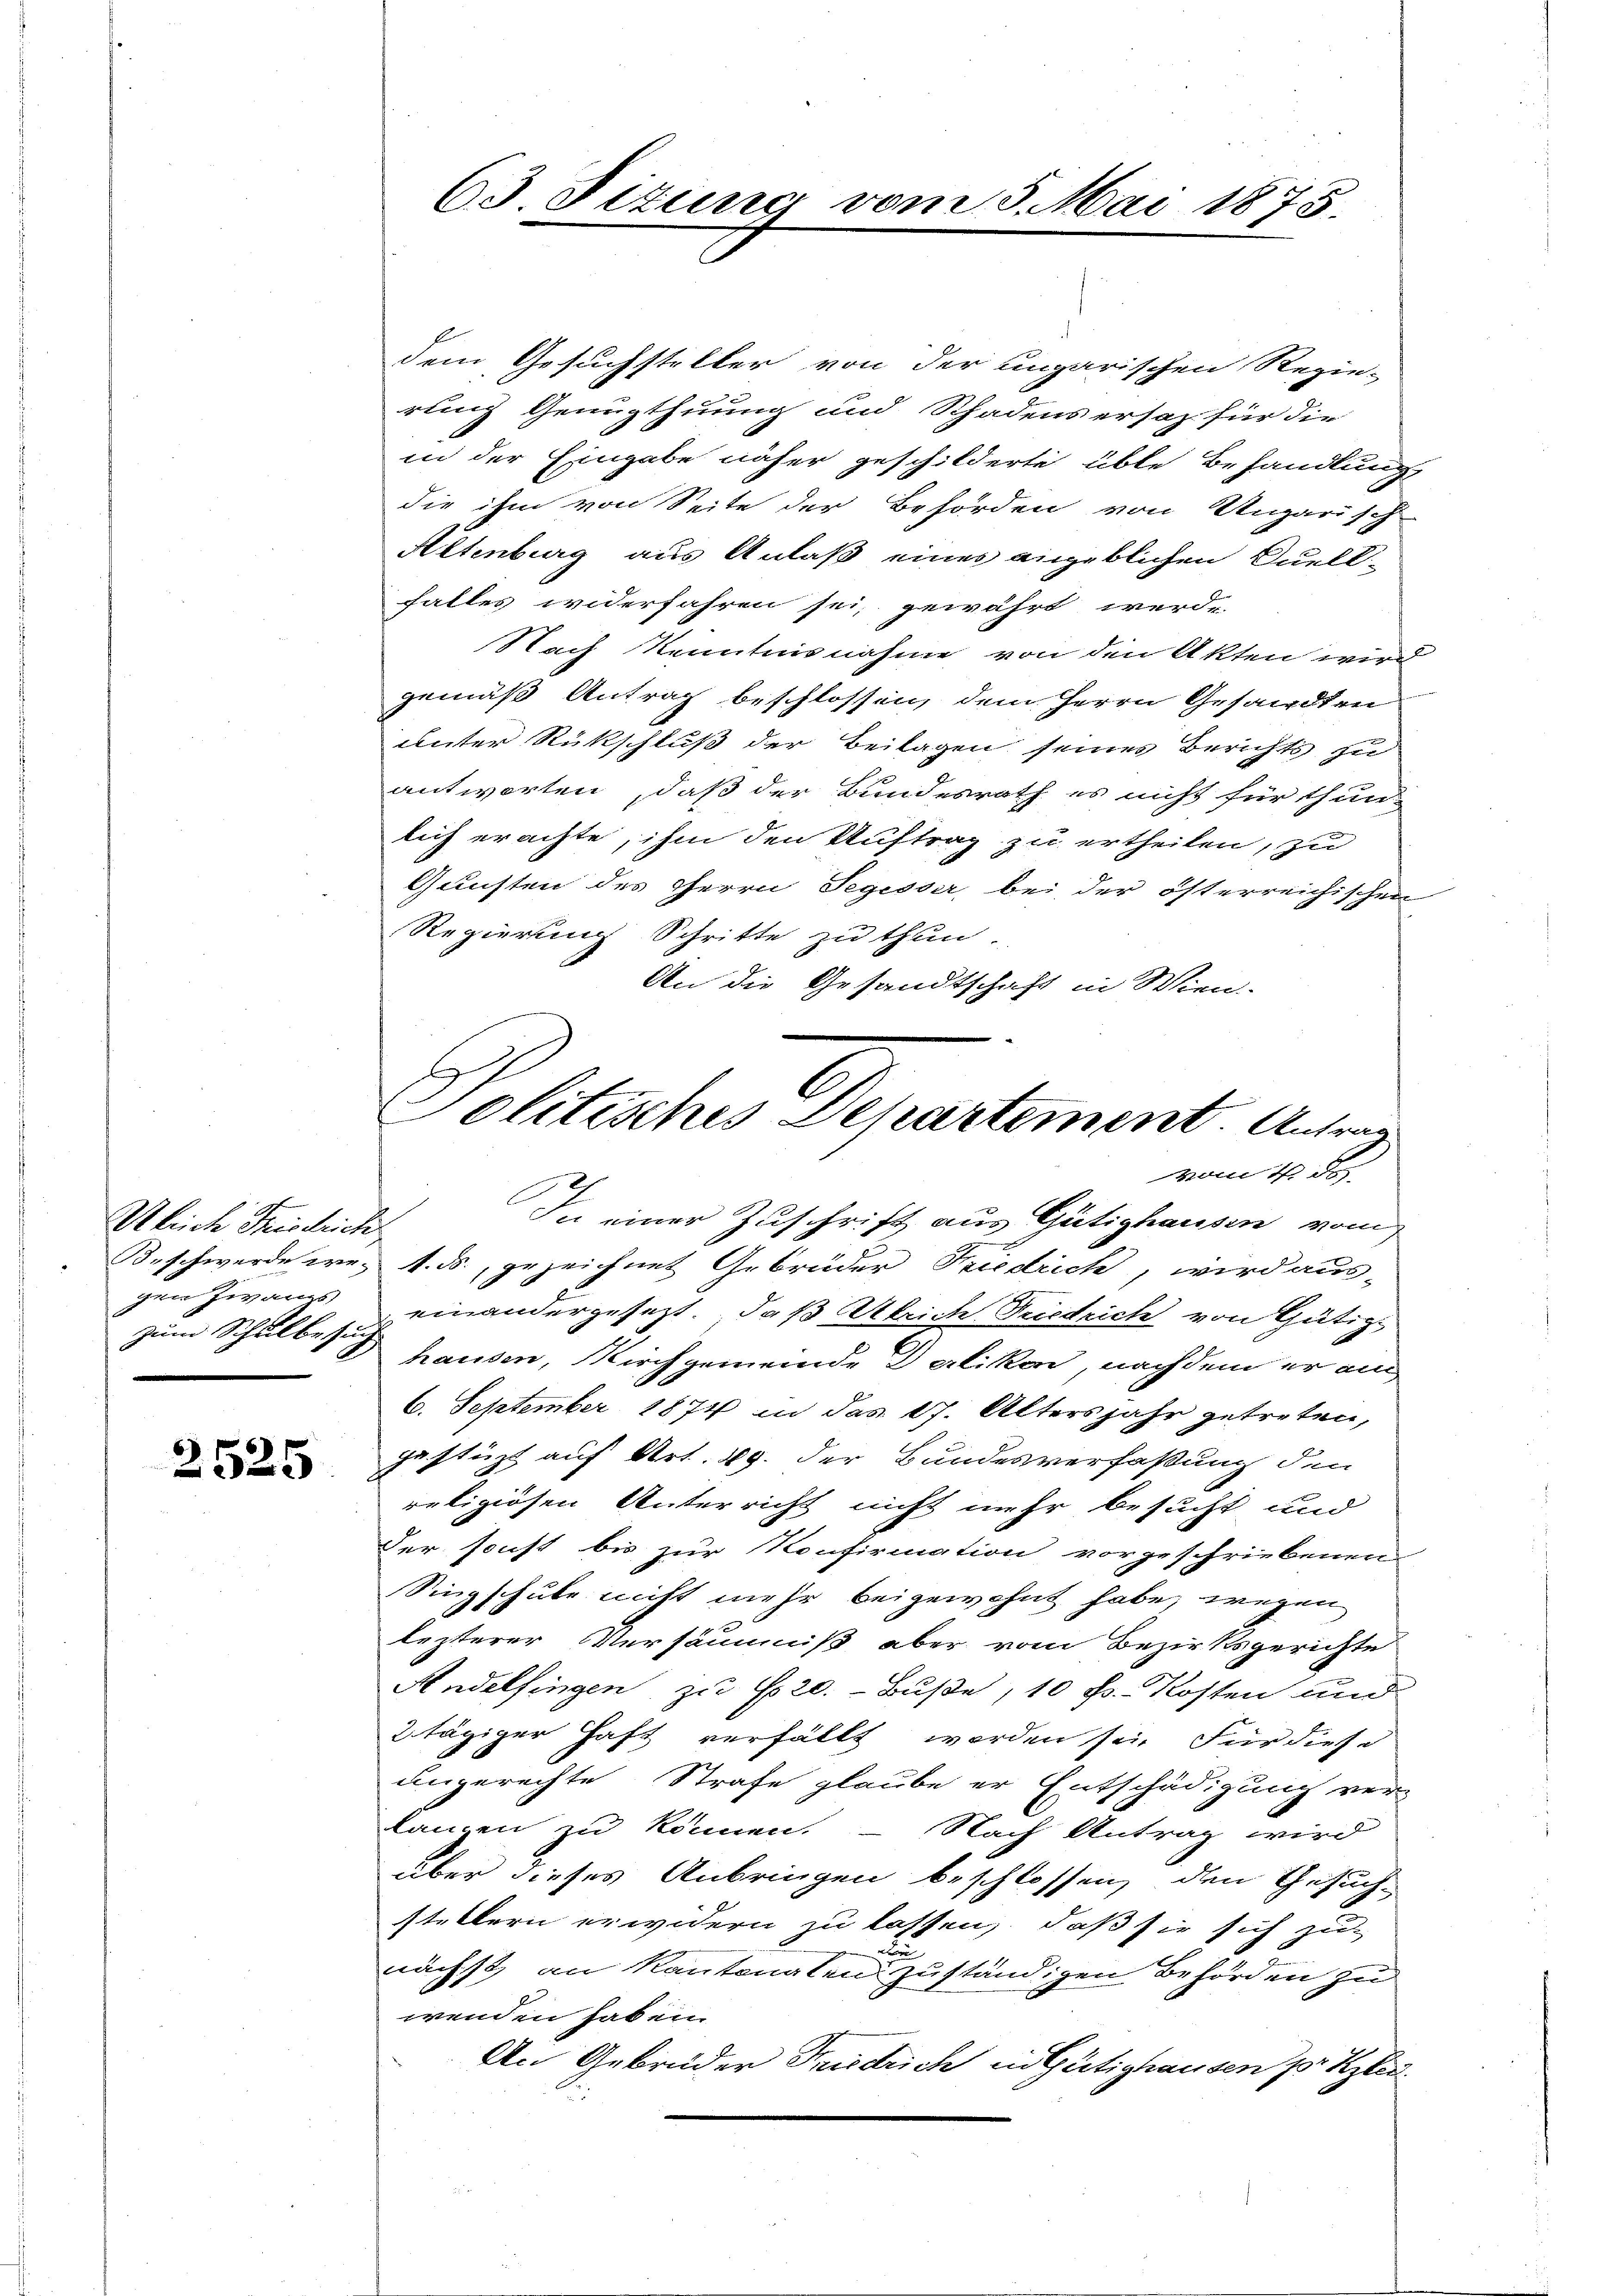
Ulrich Friedrich
gen Zwangs
zum Schulbezug

2525

63 Titung vom 5. Mai 1875.

dem Gesuchsteller von der ungarischen Regie-
rung Genugthuung und Schadensersaz für die
in der Eingabe näher geschilderte üble Behandlung,
die ihm von Seite der Behörden von Ungarisch
Altenburg aus Anlaß eines angeblichen Quell-
falles widerfahren sei, gewährt werde.
Nach Kenntnisnahme von den Akten wird
gemäß Antrag beschlossen, dem Herrn Gesandten
unter Rückschluß der Beilagen seines Berichts zu
antworten, daß der Bundesrath es nicht für thun
lich erachte, ihm den Auftrag zu ertheilen, zu
Gunsten des Herrn Segesser, bei der österreichischen
Regierung Schritte zu thun.
An die Gesandtschaft in Wien.-

C
Politisches Departement. Antrag
vom 4 d
d
In einer Zuschrift aus Gütighausen vom

Beschwerde wes 4. ds., gezeichnet Gebrüder Friedrich, wird aus-
einandergesezt. Daß Alrich Friedrich von Gütiz
hausen, Kirchgemeinde Delikon, nachdem er am
6. September 1874 in das 17. Altersjahr getreten,
gestüzt auf Art. 49. der Bundesverfaßung den
religiösen Unterricht nicht mehr besucht und
Der sonst bis zur Konfirmation vorgeschriebenen
Singschule nicht mehr beigewohnt habe, wegen
lezterer Versäumniß aber vom Bezirksgerichte
Andelfingen zu 20. - Buße, 10 Fr. Kosten und
2 tägiger Haft verfällt worden sei. Für diese
ungerechte Strafe glaube er Entschädigung ver-
langen zu können. Nach Antrag wird
über dieses Anbringen beschlossen, den Gesuch-
stettern erwidern zu lassen, daß sie sich zu
nächst an Kantonalen zuständigen Behörden zu
wenden haben.
An Gebrüder Friedrich in Gütighausen pr Kzlei.